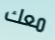
معك